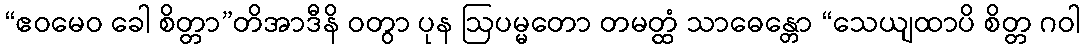
“ဧဝမေဝ ခေါ စိတ္တာ”တိအာဒီနိ ဝတွာ ပုန ဩပမ္မတော တမတ္ထံ သာဓေန္တော “သေယျထာပိ စိတ္တ ဂဝါ